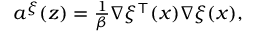
\begin{array} { r } { a ^ { \xi } ( z ) = \frac { 1 } { \beta } \nabla \xi ^ { \top } ( x ) \nabla \xi ( x ) , } \end{array}